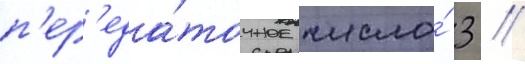
п'ер'еда́точное число́ 3 /